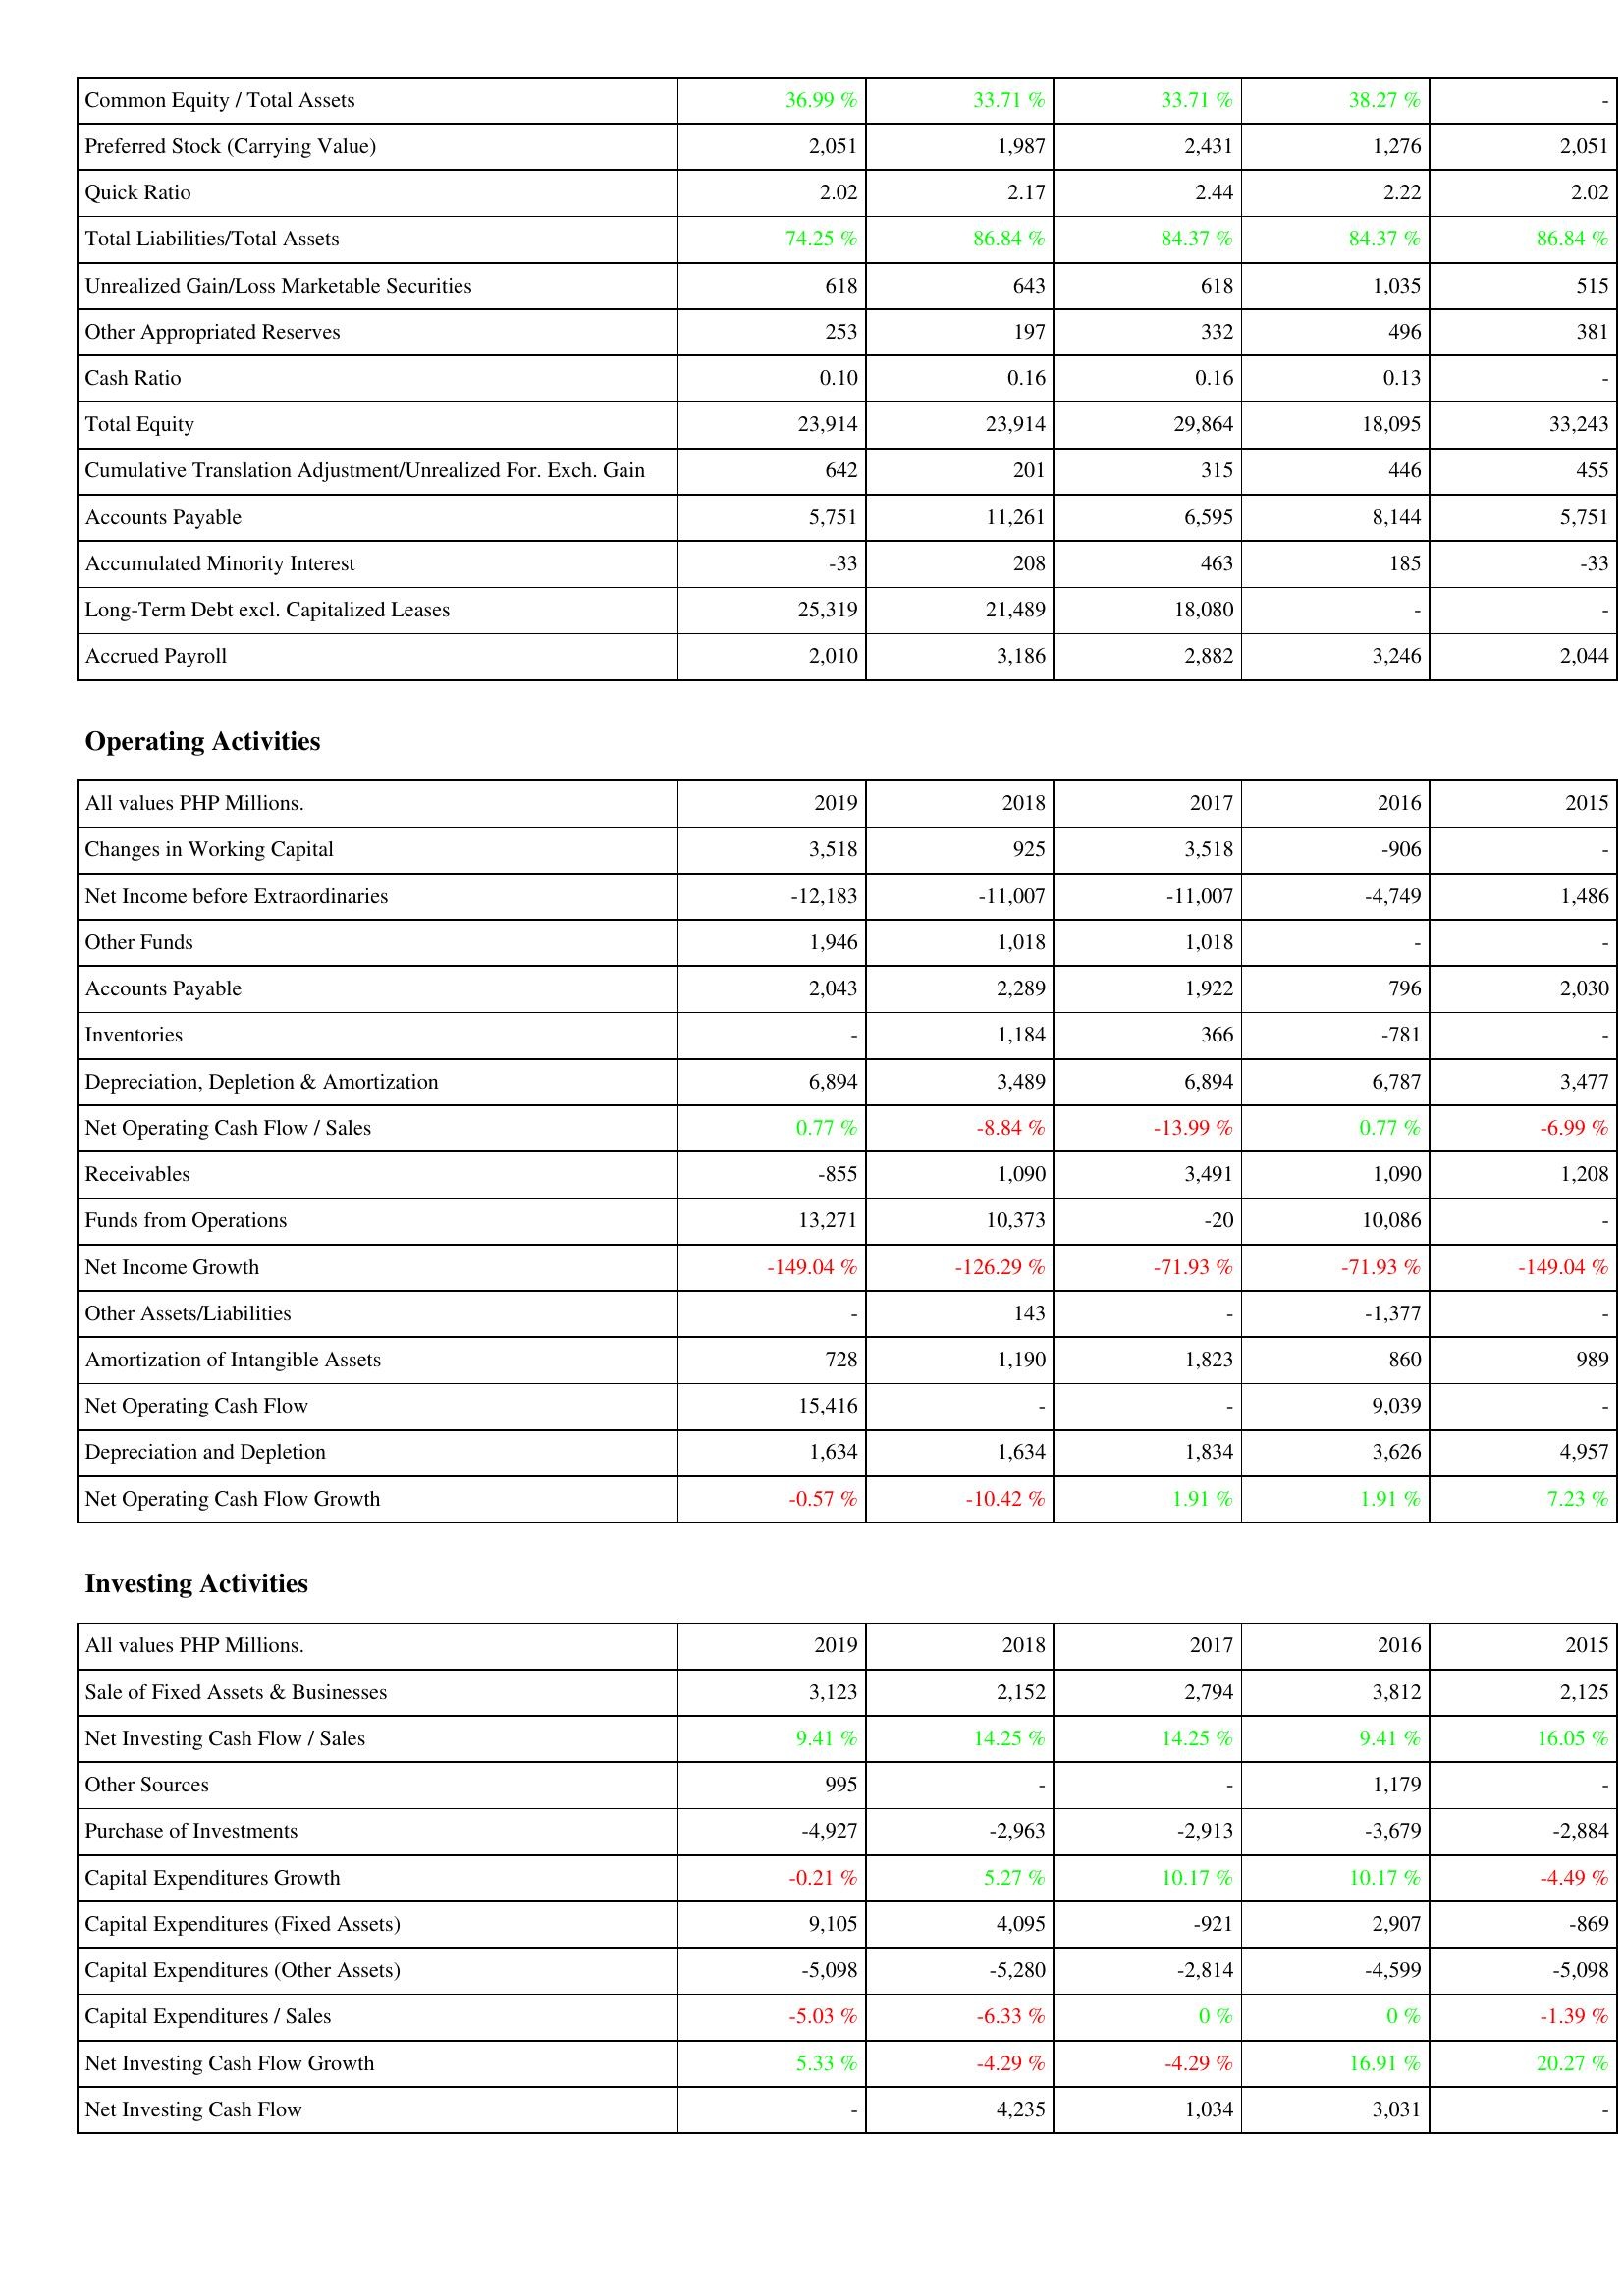
2019: Liabilities & Shareholders' Equity: Common Equity / Total Assets: 36.99 %
Preferred Stock (Carrying Value): 2,051
Quick Ratio: 2.02
Total Liabilities/Total Assets: 74.25 %
Unrealized Gain/Loss Marketable Securities: 618
Other Appropriated Reserves: 253
Cash Ratio: 0.10
Total Equity: 23,914
Cumulative Translation Adjustment/Unrealized For. Exch. Gain: 642
Accounts Payable: 5,751
Accumulated Minority Interest: -33
Long-Term Debt excl. Capitalized Leases: 25,319
Accrued Payroll: 2,010
Operating Activities: Changes in Working Capital: 3,518
Net Income before Extraordinaries: -12,183
Other Funds: 1,946
Accounts Payable: 2,043
Inventories: -
Depreciation, Depletion & Amortization: 6,894
Net Operating Cash Flow / Sales: 0.77 %
Receivables: -855
Funds from Operations: 13,271
Net Income Growth: -149.04 %
Other Assets/Liabilities: -
Amortization of Intangible Assets: 728
Net Operating Cash Flow: 15,416
Depreciation and Depletion: 1,634
Net Operating Cash Flow Growth: -0.57 %
Investing Activities: Sale of Fixed Assets & Businesses: 3,123
Net Investing Cash Flow / Sales: 9.41 %
Other Sources: 995
Purchase of Investments: -4,927
Capital Expenditures Growth: -0.21 %
Capital Expenditures (Fixed Assets): 9,105
Capital Expenditures (Other Assets): -5,098
Capital Expenditures / Sales: -5.03 %
Net Investing Cash Flow Growth: 5.33 %
Net Investing Cash Flow: -
2018: Liabilities & Shareholders' Equity: Common Equity / Total Assets: 33.71 %
Preferred Stock (Carrying Value): 1,987
Quick Ratio: 2.17
Total Liabilities/Total Assets: 86.84 %
Unrealized Gain/Loss Marketable Securities: 643
Other Appropriated Reserves: 197
Cash Ratio: 0.16
Total Equity: 23,914
Cumulative Translation Adjustment/Unrealized For. Exch. Gain: 201
Accounts Payable: 11,261
Accumulated Minority Interest: 208
Long-Term Debt excl. Capitalized Leases: 21,489
Accrued Payroll: 3,186
Operating Activities: Changes in Working Capital: 925
Net Income before Extraordinaries: -11,007
Other Funds: 1,018
Accounts Payable: 2,289
Inventories: 1,184
Depreciation, Depletion & Amortization: 3,489
Net Operating Cash Flow / Sales: -8.84 %
Receivables: 1,090
Funds from Operations: 10,373
Net Income Growth: -126.29 %
Other Assets/Liabilities: 143
Amortization of Intangible Assets: 1,190
Net Operating Cash Flow: -
Depreciation and Depletion: 1,634
Net Operating Cash Flow Growth: -10.42 %
Investing Activities: Sale of Fixed Assets & Businesses: 2,152
Net Investing Cash Flow / Sales: 14.25 %
Other Sources: -
Purchase of Investments: -2,963
Capital Expenditures Growth: 5.27 %
Capital Expenditures (Fixed Assets): 4,095
Capital Expenditures (Other Assets): -5,280
Capital Expenditures / Sales: -6.33 %
Net Investing Cash Flow Growth: -4.29 %
Net Investing Cash Flow: 4,235
2017: Liabilities & Shareholders' Equity: Common Equity / Total Assets: 33.71 %
Preferred Stock (Carrying Value): 2,431
Quick Ratio: 2.44
Total Liabilities/Total Assets: 84.37 %
Unrealized Gain/Loss Marketable Securities: 618
Other Appropriated Reserves: 332
Cash Ratio: 0.16
Total Equity: 29,864
Cumulative Translation Adjustment/Unrealized For. Exch. Gain: 315
Accounts Payable: 6,595
Accumulated Minority Interest: 463
Long-Term Debt excl. Capitalized Leases: 18,080
Accrued Payroll: 2,882
Operating Activities: Changes in Working Capital: 3,518
Net Income before Extraordinaries: -11,007
Other Funds: 1,018
Accounts Payable: 1,922
Inventories: 366
Depreciation, Depletion & Amortization: 6,894
Net Operating Cash Flow / Sales: -13.99 %
Receivables: 3,491
Funds from Operations: -20
Net Income Growth: -71.93 %
Other Assets/Liabilities: -
Amortization of Intangible Assets: 1,823
Net Operating Cash Flow: -
Depreciation and Depletion: 1,834
Net Operating Cash Flow Growth: 1.91 %
Investing Activities: Sale of Fixed Assets & Businesses: 2,794
Net Investing Cash Flow / Sales: 14.25 %
Other Sources: -
Purchase of Investments: -2,913
Capital Expenditures Growth: 10.17 %
Capital Expenditures (Fixed Assets): -921
Capital Expenditures (Other Assets): -2,814
Capital Expenditures / Sales: 0 %
Net Investing Cash Flow Growth: -4.29 %
Net Investing Cash Flow: 1,034
2016: Liabilities & Shareholders' Equity: Common Equity / Total Assets: 38.27 %
Preferred Stock (Carrying Value): 1,276
Quick Ratio: 2.22
Total Liabilities/Total Assets: 84.37 %
Unrealized Gain/Loss Marketable Securities: 1,035
Other Appropriated Reserves: 496
Cash Ratio: 0.13
Total Equity: 18,095
Cumulative Translation Adjustment/Unrealized For. Exch. Gain: 446
Accounts Payable: 8,144
Accumulated Minority Interest: 185
Long-Term Debt excl. Capitalized Leases: -
Accrued Payroll: 3,246
Operating Activities: Changes in Working Capital: -906
Net Income before Extraordinaries: -4,749
Other Funds: -
Accounts Payable: 796
Inventories: -781
Depreciation, Depletion & Amortization: 6,787
Net Operating Cash Flow / Sales: 0.77 %
Receivables: 1,090
Funds from Operations: 10,086
Net Income Growth: -71.93 %
Other Assets/Liabilities: -1,377
Amortization of Intangible Assets: 860
Net Operating Cash Flow: 9,039
Depreciation and Depletion: 3,626
Net Operating Cash Flow Growth: 1.91 %
Investing Activities: Sale of Fixed Assets & Businesses: 3,812
Net Investing Cash Flow / Sales: 9.41 %
Other Sources: 1,179
Purchase of Investments: -3,679
Capital Expenditures Growth: 10.17 %
Capital Expenditures (Fixed Assets): 2,907
Capital Expenditures (Other Assets): -4,599
Capital Expenditures / Sales: 0 %
Net Investing Cash Flow Growth: 16.91 %
Net Investing Cash Flow: 3,031
2015: Liabilities & Shareholders' Equity: Common Equity / Total Assets: -
Preferred Stock (Carrying Value): 2,051
Quick Ratio: 2.02
Total Liabilities/Total Assets: 86.84 %
Unrealized Gain/Loss Marketable Securities: 515
Other Appropriated Reserves: 381
Cash Ratio: -
Total Equity: 33,243
Cumulative Translation Adjustment/Unrealized For. Exch. Gain: 455
Accounts Payable: 5,751
Accumulated Minority Interest: -33
Long-Term Debt excl. Capitalized Leases: -
Accrued Payroll: 2,044
Operating Activities: Changes in Working Capital: -
Net Income before Extraordinaries: 1,486
Other Funds: -
Accounts Payable: 2,030
Inventories: -
Depreciation, Depletion & Amortization: 3,477
Net Operating Cash Flow / Sales: -6.99 %
Receivables: 1,208
Funds from Operations: -
Net Income Growth: -149.04 %
Other Assets/Liabilities: -
Amortization of Intangible Assets: 989
Net Operating Cash Flow: -
Depreciation and Depletion: 4,957
Net Operating Cash Flow Growth: 7.23 %
Investing Activities: Sale of Fixed Assets & Businesses: 2,125
Net Investing Cash Flow / Sales: 16.05 %
Other Sources: -
Purchase of Investments: -2,884
Capital Expenditures Growth: -4.49 %
Capital Expenditures (Fixed Assets): -869
Capital Expenditures (Other Assets): -5,098
Capital Expenditures / Sales: -1.39 %
Net Investing Cash Flow Growth: 20.27 %
Net Investing Cash Flow: -